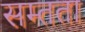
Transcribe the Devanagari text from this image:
सम्तता